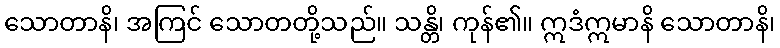
သောတာနိ၊ အကြင် သောတတို့သည်။ သန္တိ၊ ကုန်၏။ ဣဒံဣမာနိ သောတာနိ၊